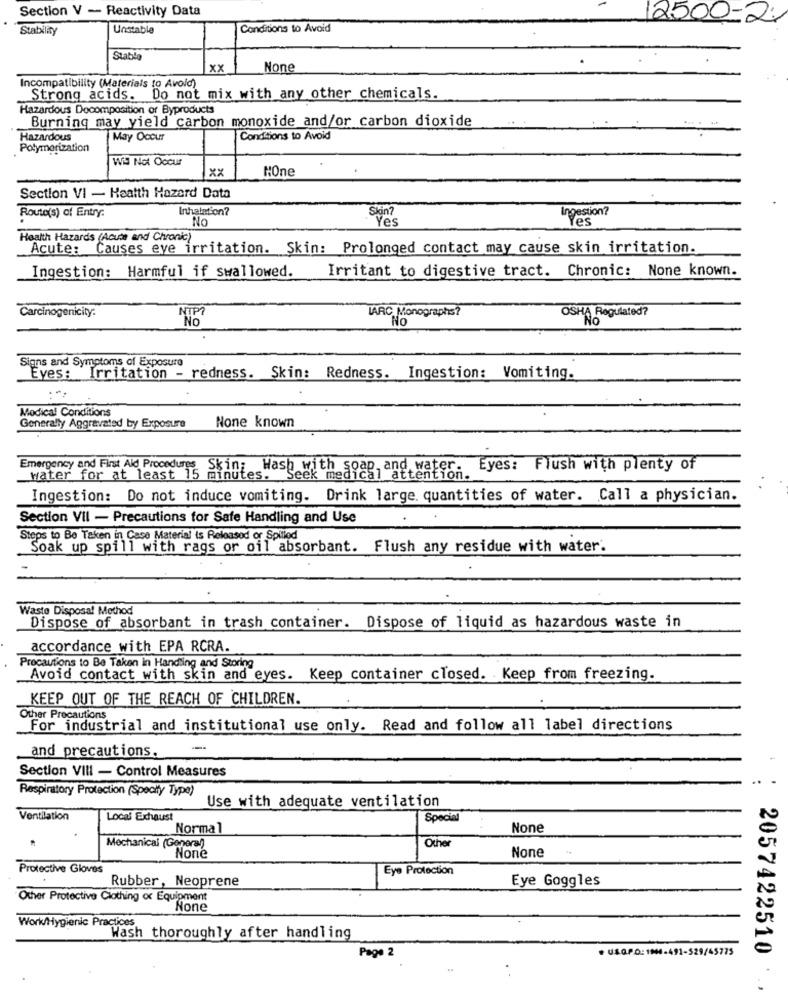
Section V - Reactivity Data
2500-2
Stability
Unstable
Conditions to Avoid
Stable
xx
Incompatibility (Materials to Avoid)
Strong acids. Do not mix with any other chemicals.
Hazardous Docomposition or Byproducts
Burning may yield carbon monoxide and/or carbon dioxide
Hazardous
May Occur
Conditions to Avoid
Polymerization
Wis Not Occur
xx
HOne
Section VI - Health Hazard Data
Route(s) of Entry.
Inhalation?
Skin?
Ingestion?
No
Yes
Yes
Health Hazards (Acute and Chronic)
Acute:
Causes eve irritation. Skin: Prolonged contact may cause skin irritation.
Ingestion: Harmful if swallowed.
Irritant to digestive tract. Chronic: None known.
IARC Monographs?
Carcinogenicity:
NO
No
OSHA Regulated?
Signs and Symptoms of Exposure
Eyes: Irritation - redness. Skin: Redness. Ingestion: Vomiting.
Medical Conditions
None known
Generally Aggravated by Exposure
Emergency and First Aid Procedures Skin;
Wash with soap and water. Eyes: Flush with plenty of
water for at least 15 minutes.
Seek medical attention.
Ingestion: Do not induce vomiting. Drink large quantities of water. Call a physician.
Section VII - Precautions for Safe Handling and Use
Steps to Be Taken in Case Material is Released or Spilled
Soak up spill with rags or oil absorbant. Flush any residue with water.
Waste Disposal Method
Dispose of absorbant in trash container. Dispose of liquid as hazardous waste in
accordance with EPA RCRA.
Precautions to Be Taken in Handling and Storing
Avoid contact with skin and eyes. Keep container closed. Keep from freezing.
KEEP OUT OF THE REACH OF CHILDREN.
Other Precautions
For industrial and institutional use only. Read and follow all label directions
and precautions.
Section VIII - Control Measures
..
Respiratory Protection (Specify Type)
Use with adequate ventilation
Ventilation
Local Exhaust
Special
Normal
Othe
Mechanical (General)
Protective Gloves
Eye Protection
Rubber, Neoprene
Eye Goggles
Other Protective Clothing oc Equipment
Work/Hygienic Practices
Wash thoroughly after handling
Page 2
. USQ.P.O: 1944-491-529/45775
2057422510
. .